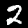
Label: 2